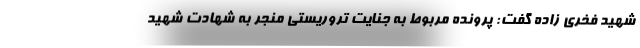
شهید فخری زاده گفت: پرونده مربوط به جنایت تروریستی منجر به شهادت شهید